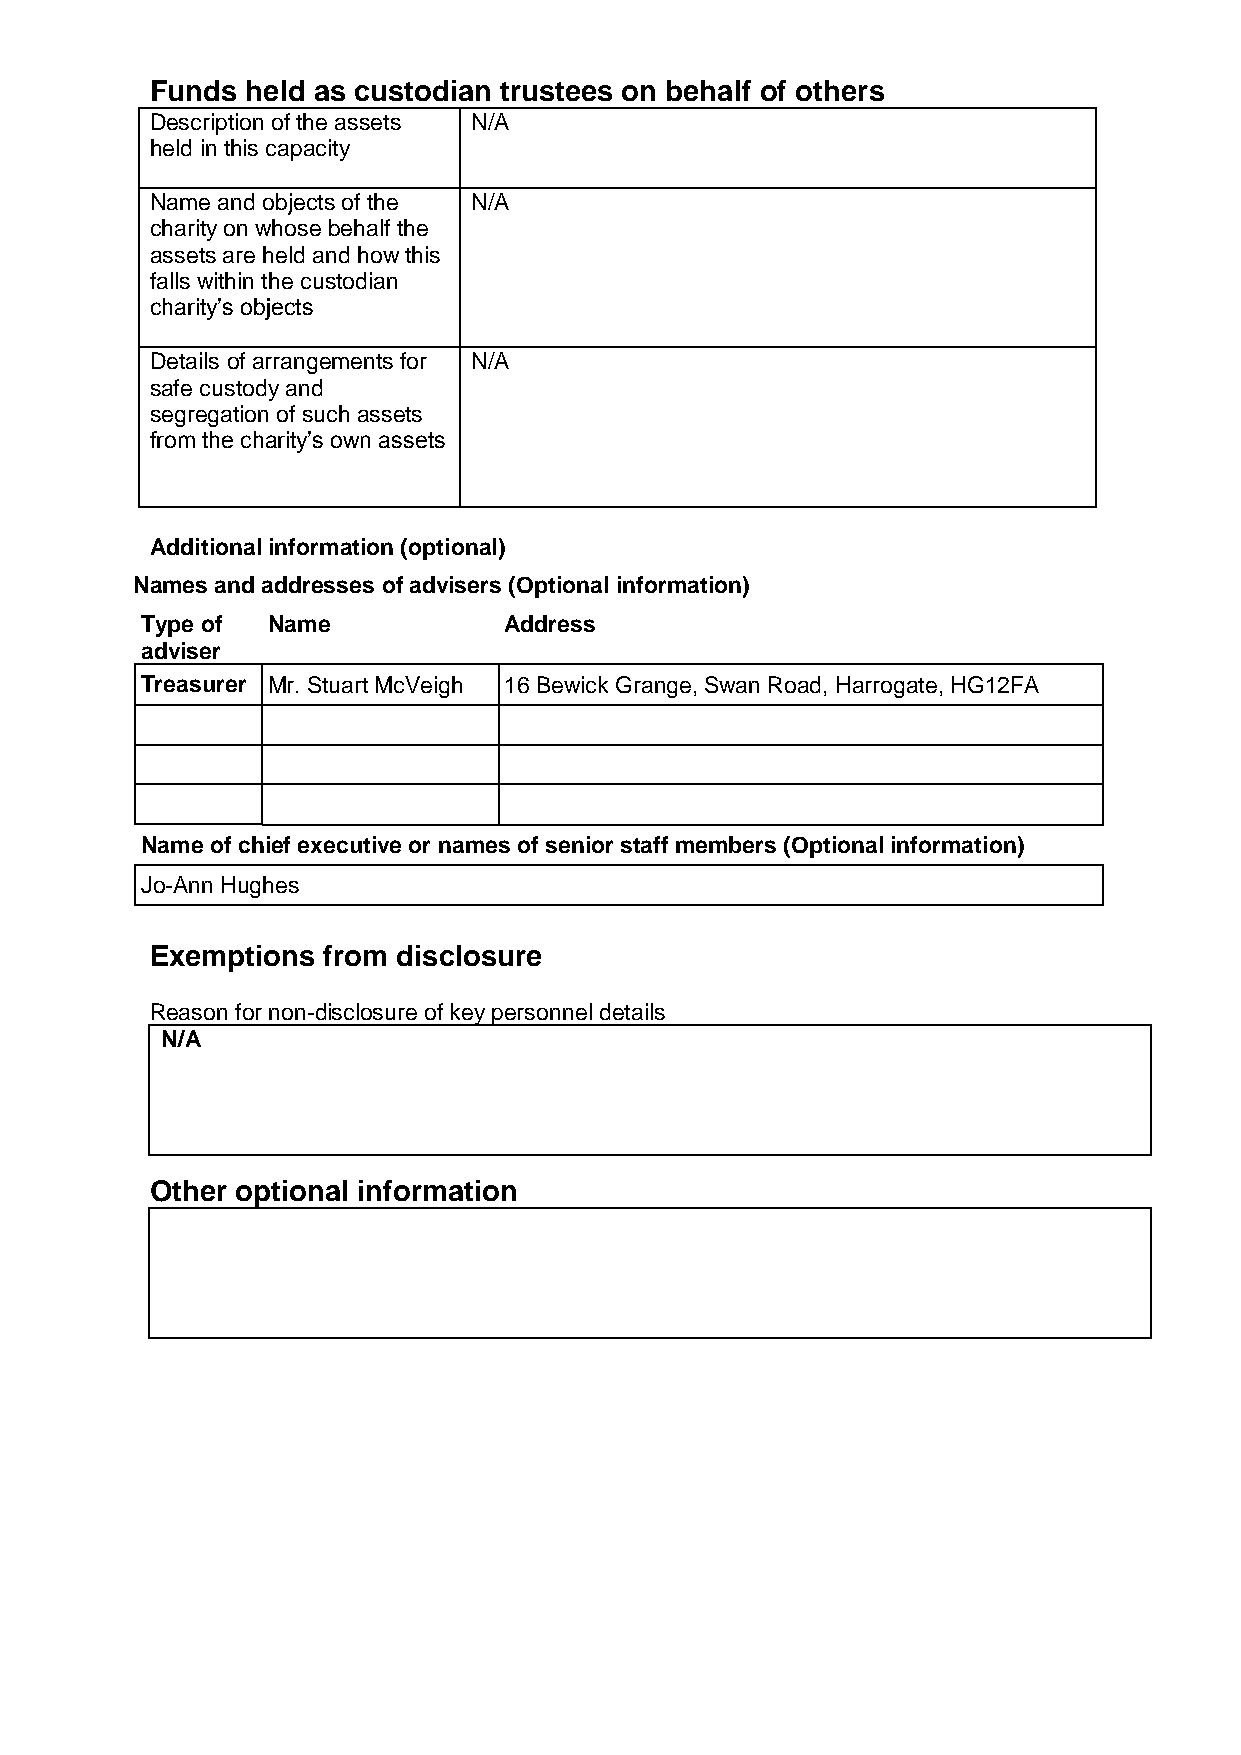
Funds held as custodian trustees on behalf of others
 Description of the assets N/A
 held in this capacity
 Name and objects of the N/A
 charity on whose behalf the
 assets are held and how this
 falls within the custodian
 charity’s objects
 Details of arrangements for N/A
 safe custody and
 segregation of such assets
 from the charity’s own assets
 Additional information (optional)
 Names and addresses of advisers (Optional information)
 Type of  Name           Address
 adviser
 Treasurer Mr. Stuart McVeigh 16 Bewick Grange, Swan Road, Harrogate, HG12FA
 Name of chief executive or names of senior staff members (Optional information)
 Jo-Ann Hughes
 Exemptions from disclosure
 Reason for non-disclosure of key personnel details
 N/A
 Other optional information